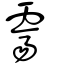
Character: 霽